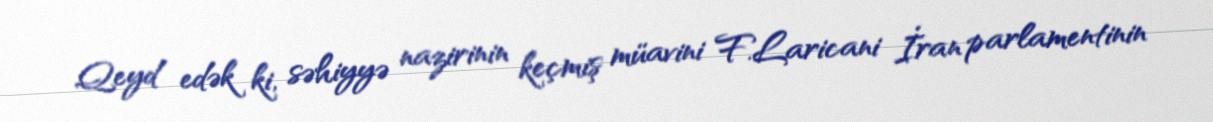
Qeyd edək ki, səhiyyə nazirinin keçmiş müavini F.Laricani İran parlamentinin